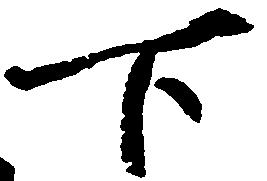
下